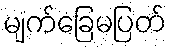
မျက်ခြေမပြတ်